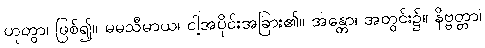
ဟုတွာ၊ ဖြစ်၍။ မမသီမာယ၊ ငါ့အပိုင်းအခြား၏။ အန္တော၊ အတွင်း၌။ နိဗ္ဗတ္တာ၊